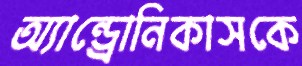
অ্যান্ড্রোনিকাসকে